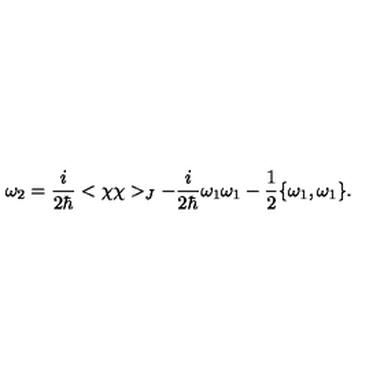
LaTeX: \omega _ { 2 } = { \frac { i } { 2 \hbar } } < \chi \chi > _ { J } - { \frac { i } { 2 \hbar } } \omega _ { 1 } \omega _ { 1 } - { \frac { 1 } { 2 } } \{ \omega _ { 1 } , \omega _ { 1 } \} .